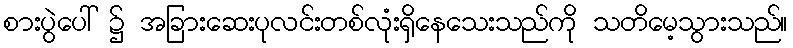
စားပွဲပေါ် ၌ အခြားဆေးပုလင်းတစ်လုံးရှိနေသေးသည်ကို သတိမေ့သွားသည်။